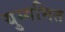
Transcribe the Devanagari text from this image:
युग्गमित